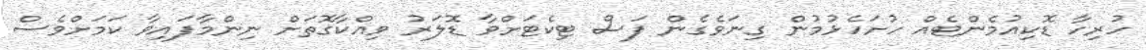
ހުރިހާ ޑޮކިއުމެންޓެއް ހުށަހެޅުމުން ގިނަވެގެން ފަސް ޓިކެޓަށްވާ ޑޮލަރު ވިއްކާގޮތަށް ނިންމާފައިވާ ކަމަށްވެސް